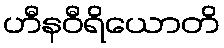
ဟီနဝီရိယောတိ